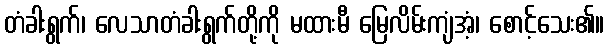
တံခါးရွက်၊ လေသာတံခါးရွက်တို့ကို မထားမီ မြေလိမ်းကျံအံ့၊ စောင့်သေး၏။